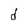
Character: d